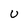
Character: U